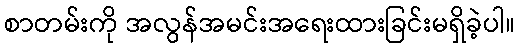
စာတမ်းကို အလွန်အမင်းအရေးထားခြင်းမရှိခဲ့ပါ။